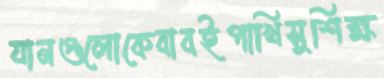
যানগুলোকেবাবইপাখিসুশিক্ষ